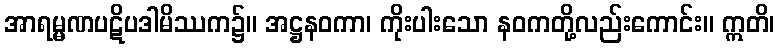
အာရမ္မဏပဋိပဒါမိဿက၌။ အဋ္ဌနဝကာ၊ ကိုးပါးသော နဝကတို့လည်းကောင်း။ ဣတိ၊